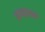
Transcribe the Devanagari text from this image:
समतलक